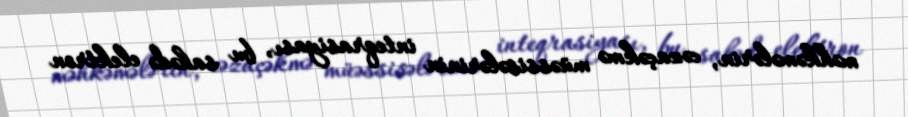
məhkəmələrin, cəzaçəkmə müəssisələrinin inteqrasiyası, bu sahədə elektron